Insane asylums Bombay 1873-77 - 1873-1877
Year: 1873
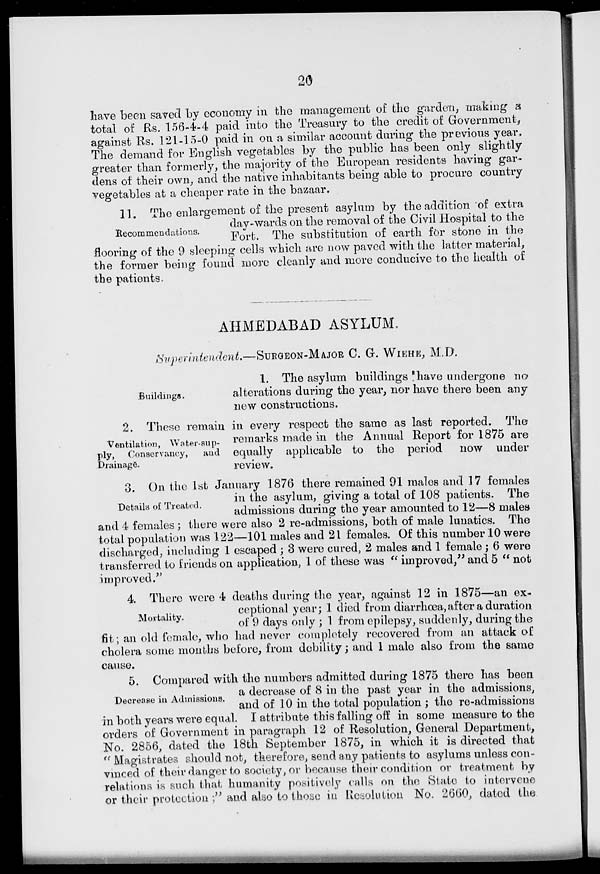
20
have been saved by economy in the management of the garden, making a
total of Rs. 156-4-4 paid into the Treasury to the credit of Government,
against Rs. 121-15-0 paid in on a similar account during the previous year.
The demand for English vegetables by the public has been only slightly
greater than formerly, the majority of the European residents having gar-
dens of their own, and the native inhabitants being able to procure country
vegetables at a cheaper rate in the bazaar.
Recommendations.
11. The enlargement of the present asylum by the addition of extra
day-wards on the removal of the Civil Hospital to the
Fort. The substitution of earth for stone in the
flooring of the 9 sleeping cells which are now paved with the latter material,
the former being found more cleanly and more conducive to the health of
the patients.
AHMEDABAD ASYLUM.
Superintendent.—SURGEON-MAJOR C. G. WIEHE, M.D.
Buildings.
1. The asylum buildings have undergone no
alterations during the year, nor have there been any
new constructions.
Ventilation, Water-sup-
ply, Conservancy,
and
Drainage.
2. These remain in every respect the same as last reported. The
remarks made in the Annual Report for 1875 are
equally applicable to the period
now under
review.
Details of Treated.
3. On the 1st January 1876 there remained 91 males and 17 females
in the asylum, giving a total of 108 patients. The
admissions during the year amounted to 12—8 males
and 4 females ; there were also 2 re-admissions, both of male lunatics. The
total population was 122—101 males and 21 females. Of this number 10 were
discharged, including 1 escaped ; 3 were cured, 2 males and 1 female; 6 were
transferred to friends on application, 1 of these was " improved, " and 5 " not
improved."
Mortality.
4. There were 4 deaths during the year, against 12 in 1875—an ex-
ceptional year; 1 died from diarrhœa, after a duration
of 9 days only ; 1 from epilepsy, suddenly, during the
fit; an old female, who had never completely recovered from an attack of
cholera some months before, from debility; and 1 male also from the same
cause.
Decrease in Admissions.
5. Compared with the numbers admitted during 1875 there has been
a decrease of 8 in the past year in the admissions,
and of 10 in the total population; the re-admissions
in both years were equal. I attribute this falling off in some measure to the
orders of Government in paragraph 12 of Resolution, General Department,
No. 2856, dated the 18th September 1875, in which it is directed that
" Magistrates should not, therefore, send any patients to asylums unless con-
vinced of their danger to society, or because their condition or treatment by
relations is such that humanity positively calls on the State to intervene
or their protection ;" and also to those in Resolution No. 2660, dated the